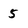
Character: 5